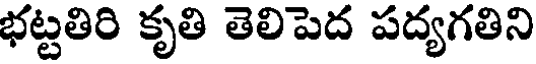
భట్టతిరి కృతి తెలిపెద పద్యగతిని